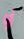
أو